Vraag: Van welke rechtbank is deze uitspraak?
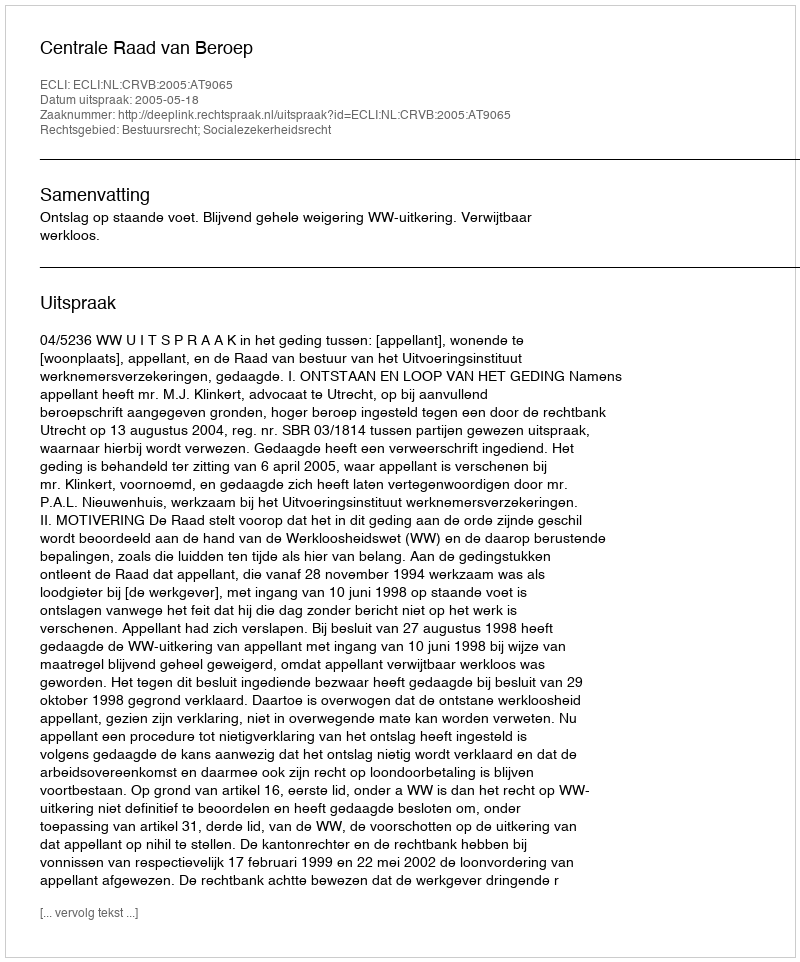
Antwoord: Centrale Raad van Beroep